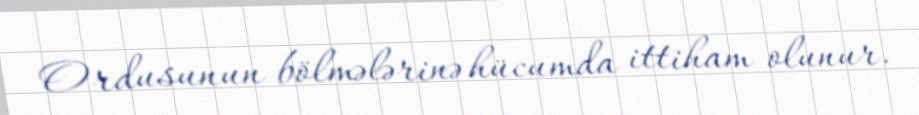
Ordusunun bölmələrinə hücumda ittiham olunur.